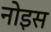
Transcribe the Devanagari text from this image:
नोइस